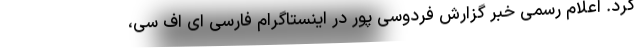
کرد. اعلام رسمی خبر گزارش فردوسی پور در اینستاگرام فارسی ای اف سی،